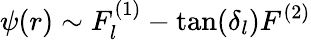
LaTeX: {\psi(r)\sim F_{l}^{(1)}-\tan(\delta_{l})F^{(2)}}